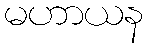
မဟာယန